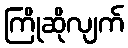
ကြိုဆိုလျက်